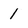
Character: 1